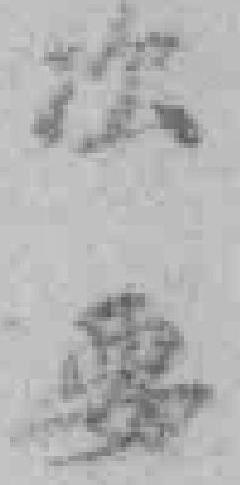
次要